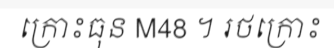
ក្រោះធុន M48 ។ រថក្រោះ